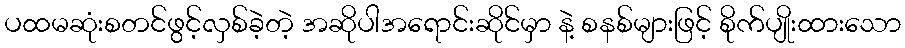
ပထမဆုံးစတင်ဖွင့်လှစ်ခဲ့တဲ့ အဆိုပါအရောင်းဆိုင်မှာ နဲ့ စနစ်များဖြင့် စိုက်ပျိုးထားသော